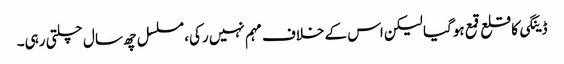
ڈینگی کا قلع قمع ہوگیا لیکن اس کے خلاف مہم نہیں رکی، مسلسل چھ سال چلتی رہی۔